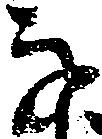
な